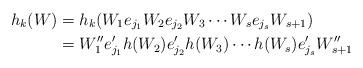
LaTeX: \begin{align*}h_k(W)&=h_k(W_1e_{j_1}W_2e_{j_2}W_3\cdots W_se_{j_s}W_{s+1})\\&=W''_1e'_{j_1}h(W_2)e'_{j_2}h(W_3)\cdots h(W_s)e'_{j_s}W''_{s+1}\end{align*}